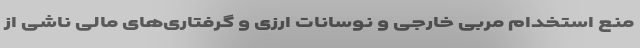
منع استخدام مربی خارجی و نوسانات ارزی و گرفتاری‌های مالی ناشی از